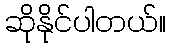
ဆိုနိုင်ပါတယ်။